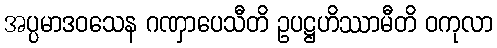
အပ္ပမာဒဝသေန ဂဏှာပေသီတိ ဥပဋ္ဌဟိဿာမီတိ ဝကုလာ